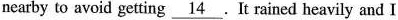
nearby to avoid getting \underline_[14}. It nined heavily and I